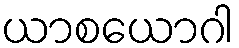
ယာစယောဂါ